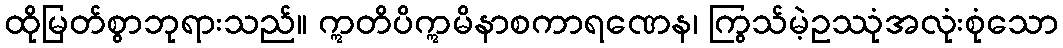
ထိုမြတ်စွာဘုရားသည်။ ဣတိပိဣမိနာစကာရဏေန၊ ကြွသ်မဲ့ဥဿုံအလုံးစုံသော